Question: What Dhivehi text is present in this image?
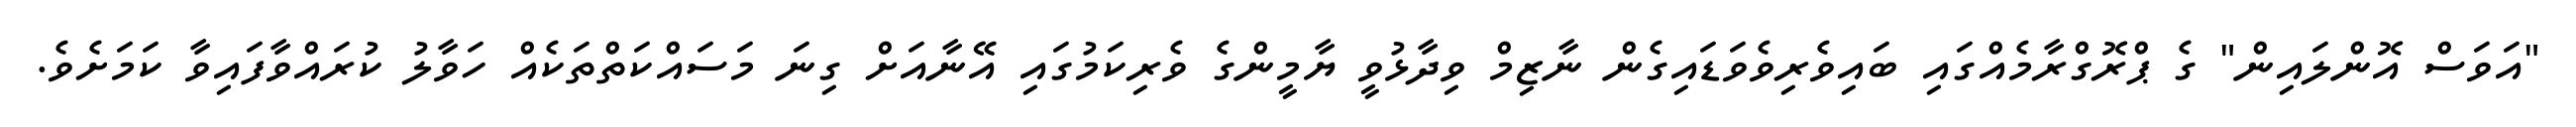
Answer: "އަވަސް އޮންލައިން" ގެ ޕްރޮގްރާމެއްގައި ބައިވެރިވެވަޑައިގެން ނާޒިމް ވިދާޅުވީ ޔާމީންގެ ވެރިކަމުގައި އޭނާއަށް ގިނަ މަސައްކަތްތަކެއް ހަވާލު ކުރައްވާފައިވާ ކަމަށެވެ.